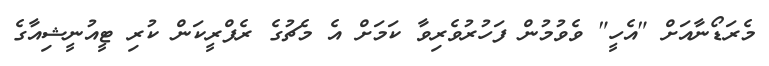
މެރަޑޯނާއަށް "އެހީ" ވެވުމުން ފަހުރުވެރިވާ ކަމަށް އެ މެޗުގެ ރެފްރީކަން ކުރި ޓީއުނީޝިއާގެ